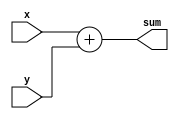
// This program was cloned from: https://github.com/milind7777/VerilogDocGen
// License: MIT License

module m2014_q4j (
  input [3:0] x,
  input [3:0] y,
  output [4:0] sum

);

  assign sum = x+y;
endmodule